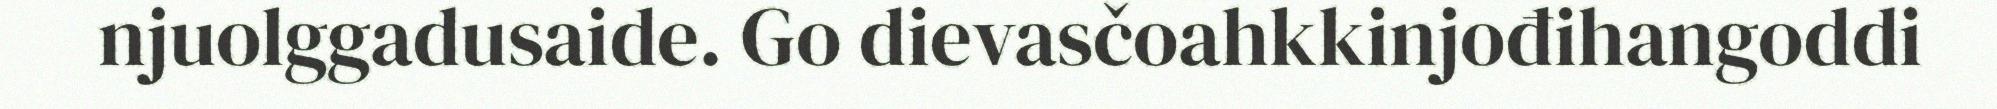
njuolggadusaide. Go dievasčoahkkinjođihangoddi